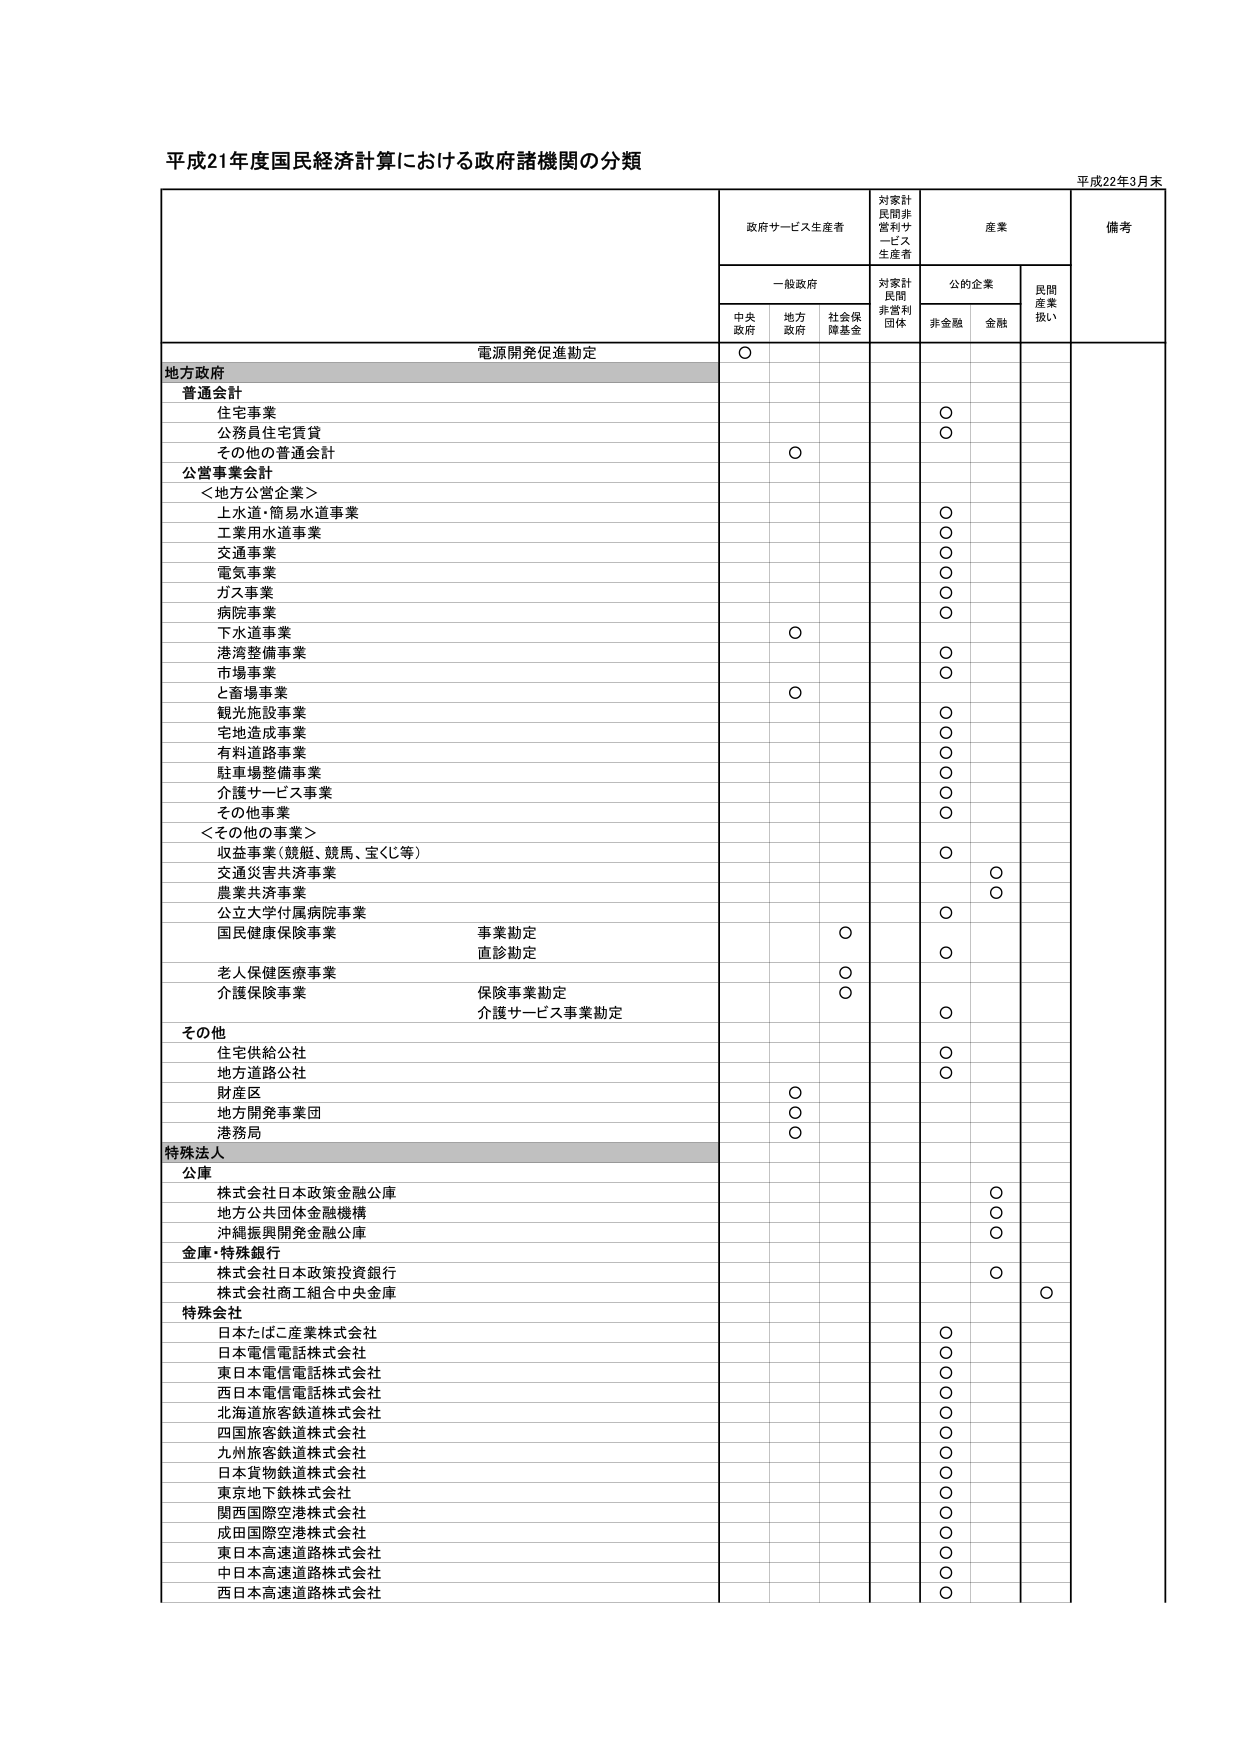
平成21年度国民経済計算における政府諸機関の分類

平成22年3月末

政府サービス生産者
対家計民間非営利サービス生産者
産業
備考

一般政府
対家計民間非営利団体
公的企業
民間産業扱い

中央政府
地方政府
社会保障基金
非金融
金融

電源開発促進勘定
○

地方政府

普通会計

住宅事業
○

公務員住宅賃貸
○

その他の普通会計
○

公営事業会計

＜地方公営企業＞

上水道・簡易水道事業
○

工業用水道事業
○

交通事業
○

電気事業
○

ガス事業
○

病院事業
○

下水道事業
○

港湾整備事業
○

市場事業
○

と畜場事業
○

観光施設事業
○

宅地造成事業
○

有料道路事業
○

駐車場整備事業
○

介護サービス事業
○

その他事業
○

＜その他の事業＞

収益事業（競艇、競馬、宝くじ等）
○

交通災害共済事業
○

農業共済事業
○

公立大学付属病院事業
○

国民健康保険事業
事業勘定
○
直診勘定
○

老人保健医療事業
○

介護保険事業
保険事業勘定
○
介護サービス事業勘定
○

その他

住宅供給公社
○

地方道路公社
○

財産区
○

地方開発事業団
○

港務局
○

特殊法人

公庫

株式会社日本政策金融公庫
○

地方公共団体金融機構
○

沖縄振興開発金融公庫
○

金庫・特殊銀行

株式会社日本政策投資銀行
○

株式会社商工組合中央金庫
○

特殊会社

日本たばこ産業株式会社
○

日本電信電話株式会社
○

東日本電信電話株式会社
○

西日本電信電話株式会社
○

北海道旅客鉄道株式会社
○

四国旅客鉄道株式会社
○

九州旅客鉄道株式会社
○

日本貨物鉄道株式会社
○

東京地下鉄株式会社
○

関西国際空港株式会社
○

成田国際空港株式会社
○

東日本高速道路株式会社
○

中日本高速道路株式会社
○

西日本高速道路株式会社
○